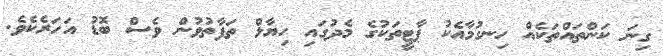
ގިނަ ކަންތައްތަކެއް ހިނގުމާއެކު ޕާޓީތަކުގެ މެދުގައި ހިޔާލް ތަފާތުވުން ވެސް ބޮޑު އަހަރެކެވެ.